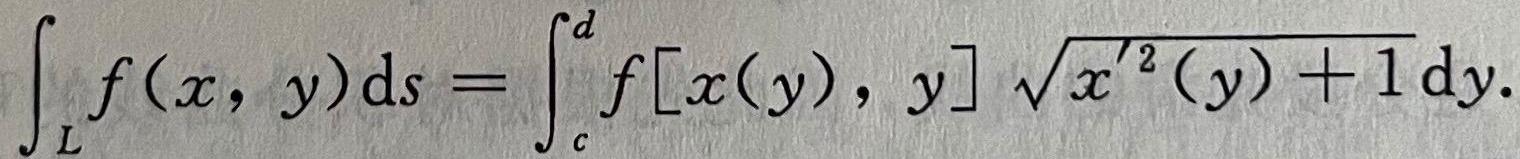
\[
\int_{L} f(x, y) \mathrm{d} s=\int_{c}^{d} f[x(y), y] \sqrt{x^{\prime 2}(y)+1} \mathrm{~d} y.
\]